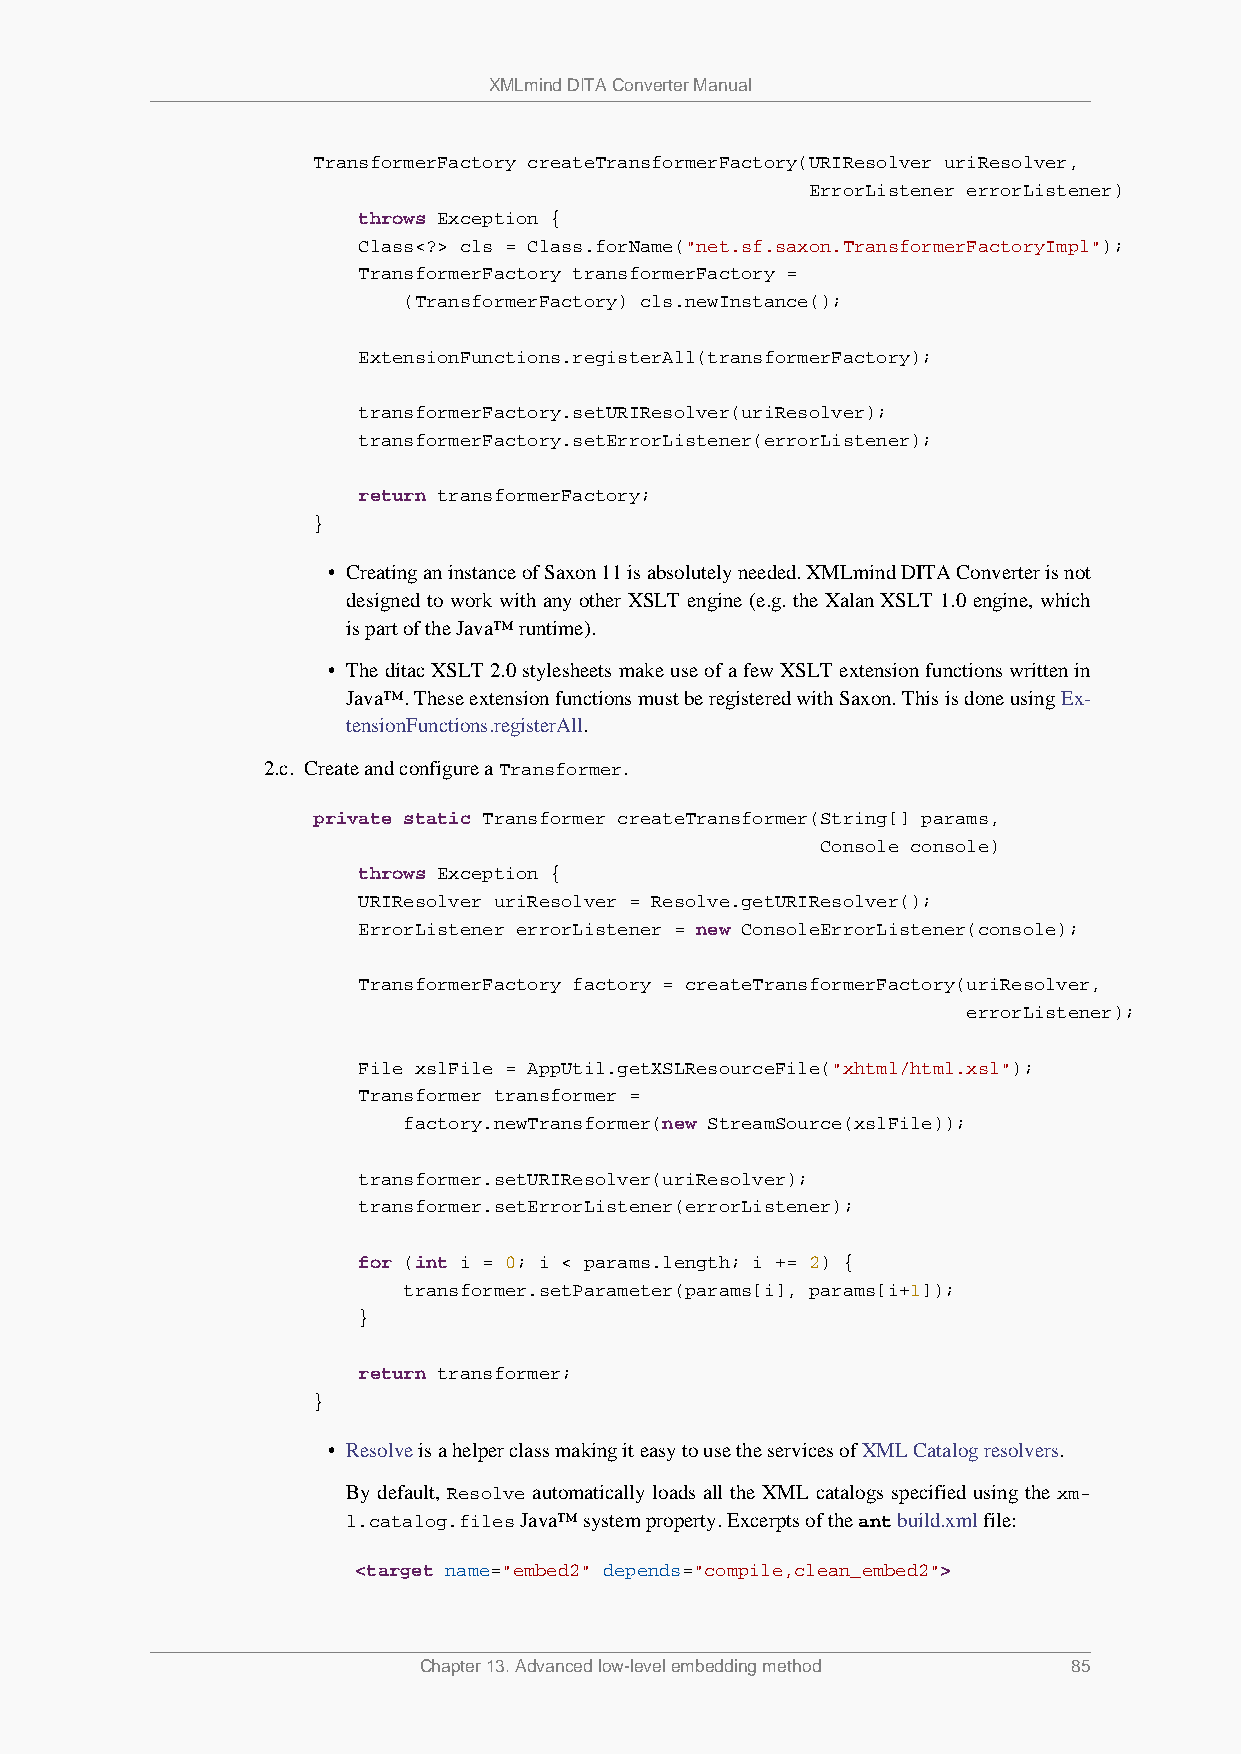
XMLmind DITA Converter Manual
 TransformerFactory createTransformerFactory(URIResolver uriResolver,
 ErrorListener errorListener)
 throws Exception {
 Class<?> cls = Class.forName("net.sf.saxon.TransformerFactoryImpl");
 TransformerFactory transformerFactory =
 (TransformerFactory) cls.newInstance();
 ExtensionFunctions.registerAll(transformerFactory);
 transformerFactory.setURIResolver(uriResolver);
 transformerFactory.setErrorListener(errorListener);
 return transformerFactory;
 }
 • Creating an instance of Saxon 11 is absolutely needed. XMLmind DITA Converter is not
 designed to work with any other XSLT engine (e.g. the Xalan XSLT 1.0 engine, which
 is part of the Java™ runtime).
 • The ditac XSLT 2.0 stylesheets make use of a few XSLT extension functions written in
 Java™. These extension functions must be registered with Saxon. This is done using Ex-
 tensionFunctions.registerAll.
 2.c. Create and configure a Transformer.
 private static Transformer createTransformer(String[] params,
 Console console)
 throws Exception {
 URIResolver uriResolver = Resolve.getURIResolver();
 ErrorListener errorListener = new ConsoleErrorListener(console);
 TransformerFactory factory = createTransformerFactory(uriResolver,
 errorListener);
 File xslFile = AppUtil.getXSLResourceFile("xhtml/html.xsl");
 Transformer transformer =
 factory.newTransformer(new StreamSource(xslFile));
 transformer.setURIResolver(uriResolver);
 transformer.setErrorListener(errorListener);
 for (int i = 0; i < params.length; i += 2) {
 transformer.setParameter(params[i], params[i+1]);
 }
 return transformer;
 }
 • Resolve is a helper class making it easy to use the services of XML Catalog resolvers.
 By default, Resolve automatically loads all the XML catalogs specified using the xm-
 l.catalog.files Java™ system property. Excerpts of the ant build.xml file:
 <target name="embed2" depends="compile,clean_embed2">
 Chapter 13. Advanced low-level embedding method 85